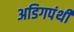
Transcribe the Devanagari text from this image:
अडिगपंथी